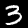
Label: 3